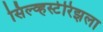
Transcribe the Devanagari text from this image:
सिल्व्हस्टेरिझला